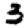
Digit: 3